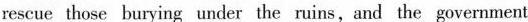
rescue those burying under the ruins,and the government